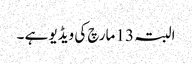
البتہ 13 مارچ کی ویڈیو ہے ۔